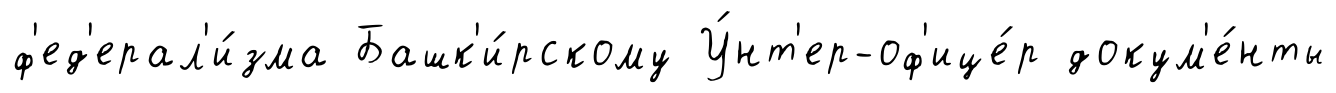
ф'ед'ерал'и́зма Башк'и́рскому У́нт'ер-оф'ице́р докум'е́нты